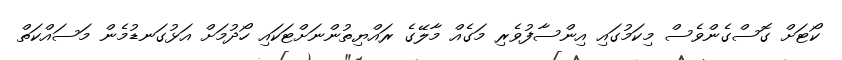
ކޯޓަށް ގޮސްގެންވެސް މިކަމުގައި އިންސާފުވެރި މަގެއް މާލޭގެ ރައްޔިތުންނަށްޓަކައި ހޯދުމަށް އަޅުގަނޑުމެން މަސައްކަތް